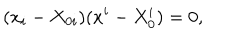
LaTeX: ( x _ { i } - X _ { 0 i } ) ( x ^ { i } - X _ { 0 } ^ { i } ) = 0 ,